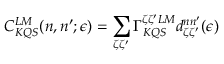
C _ { K Q S } ^ { L M } ( n , n ^ { \prime } ; \epsilon ) = \sum _ { \zeta \zeta ^ { \prime } } \Gamma _ { K Q S } ^ { \zeta \zeta ^ { \prime } L M } d _ { \zeta \zeta ^ { \prime } } ^ { n n ^ { \prime } } ( \epsilon )